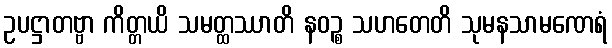
ဥပဋ္ဌာတဗ္ဗာ ကိတ္တယိ သမတ္ထဿာတိ နဝဉ္စ သဟတေတိ သုမနသာမဏေရံ